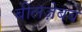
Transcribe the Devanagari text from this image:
बीलज़ेबब